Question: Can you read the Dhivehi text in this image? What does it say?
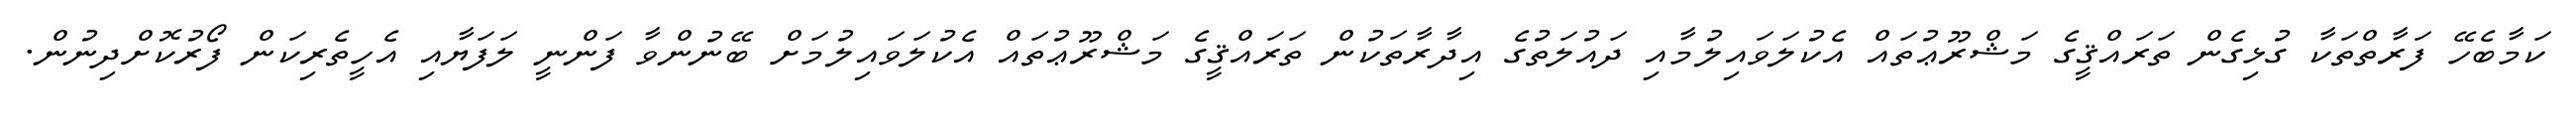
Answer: ކަމާބެހޭ ފަރާތްތަކާ ގުޅިގެން ތަރައްޤީގެ މަޝްރޫޢުތައް އެކުލަވައިލުމާއި ދައުލަތުގެ އިދާރާތަކުން ތަރައްޤީގެ މަޝްރޫޢުތައް އެކުލަވައިލުމަށް ބޭނުންވާ ފަންނީ ލަފަޔާއި އެހީތެރިކަން ފޯރުކޮށްދިނުން.